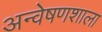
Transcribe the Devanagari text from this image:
अन्वेषणशाला